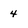
Character: 4